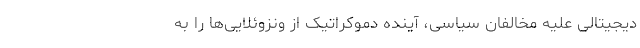
دیجیتالی علیه مخالفان سیاسی، آینده دموکراتیک از ونزوئلایی‌ها را به